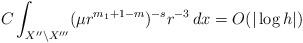
LaTeX: \begin{align*}C\int _{X''\setminus X'''}(\mu r^{m_1+1-m})^{-s}r^{-3}\,dx =O(|\log h|)\end{align*}